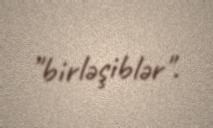
"birləşiblər".